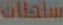
ساملات